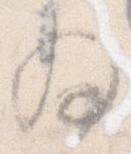
為